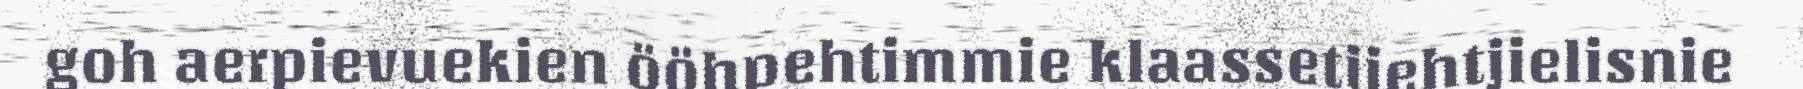
goh aerpievuekien ööhpehtimmie klaassetjiehtjielisnie